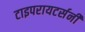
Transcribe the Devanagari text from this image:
टाइपरायटर्सनी